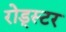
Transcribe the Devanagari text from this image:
रोड्स्टर